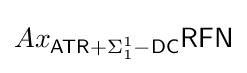
Ax_{{\mathsf {ATR}}+\Sigma _{1}^{1}{\mathsf {-DC}}}{\mathsf {RFN}}